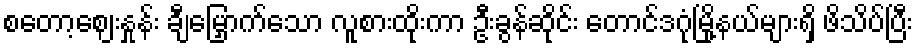
စတော့ဈေးနှုန်း ချီမြှောက်သော လူစားထိုးကာ ဦးခွန်ဆိုင်း တောင်ဒဂုံမြို့နယ်များရှိ ဖိသိပ်ပြီး